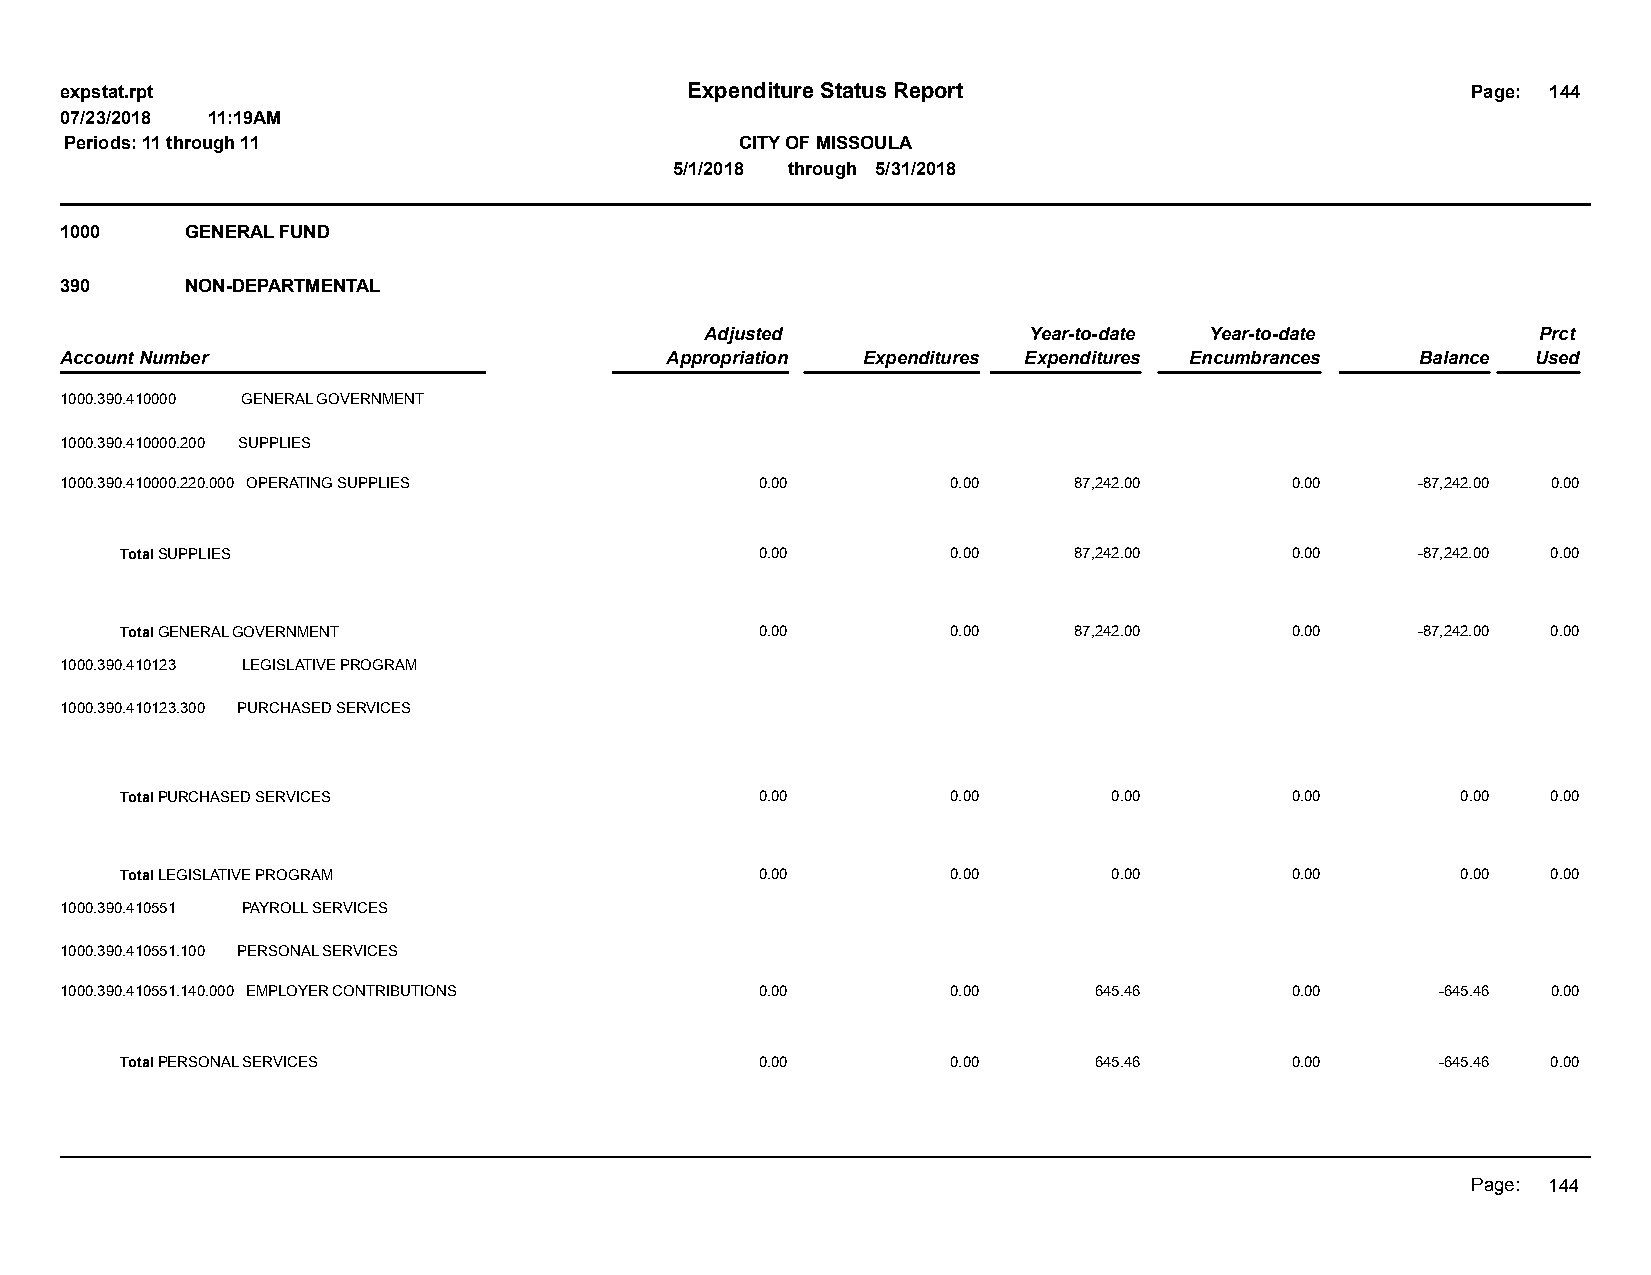
expstat.rpt                              Expenditure Status Report                           Page: 144
 07/23/2018 11:19AM
 Periods: 11 through 11                       CITY OF MISSOULA
 5/1/2018 through 5/31/2018
 1000    GENERAL FUND
 390     NON-DEPARTMENTAL
 Adjusted             Year-to-date Year-to-date         Prct
 Account Number                          Appropriation Expenditures Expenditures Encumbrances Balance Used
 1000.390.410000 GENERAL GOVERNMENT
 1000.390.410000.200 SUPPLIES
 1000.390.410000.220.000 OPERATING SUPPLIES    0.00         0.00    87,242.00     0.00     -87,242.00 0.00
 Total SUPPLIES                            0.00         0.00    87,242.00     0.00     -87,242.00 0.00
 Total GENERAL GOVERNMENT                  0.00         0.00    87,242.00     0.00     -87,242.00 0.00
 1000.390.410123 LEGISLATIVE PROGRAM
 1000.390.410123.300 PURCHASED SERVICES
 Total PURCHASED SERVICES                  0.00         0.00       0.00       0.00        0.00  0.00
 Total LEGISLATIVE PROGRAM                 0.00         0.00       0.00       0.00        0.00  0.00
 1000.390.410551 PAYROLL SERVICES
 1000.390.410551.100 PERSONAL SERVICES
 1000.390.410551.140.000 EMPLOYER CONTRIBUTIONS 0.00        0.00     645.46       0.00      -645.46 0.00
 Total PERSONAL SERVICES                   0.00         0.00     645.46       0.00      -645.46 0.00
 Page: 144